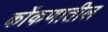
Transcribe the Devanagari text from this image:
कोंकणातील